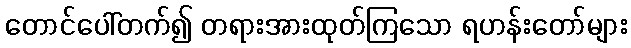
တောင်ပေါ်တက်၍ တရားအားထုတ်ကြသော ရဟန်းတော်များ